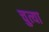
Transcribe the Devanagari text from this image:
चुत्या